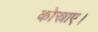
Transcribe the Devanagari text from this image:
कोस्राए।